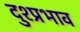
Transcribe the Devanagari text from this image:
दुश्प्रभाव